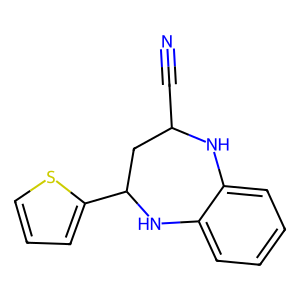
SMILES: N#CC1CC(c2cccs2)Nc2ccccc2N1
Inhibits HIV replication: No